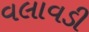
વલાવડી